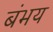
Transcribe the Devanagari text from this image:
बंभय